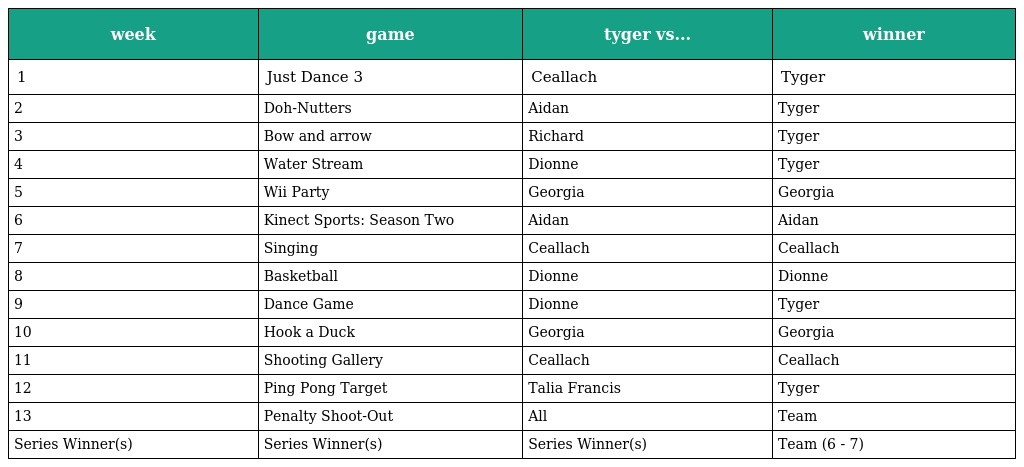
| week | game | tyger vs... | winner |
 | --- | --- | --- | --- |
 | 1 | Just Dance 3 | Ceallach | Tyger |
 | 2 | Doh-Nutters | Aidan | Tyger |
 | 3 | Bow and arrow | Richard | Tyger |
 | 4 | Water Stream | Dionne | Tyger |
 | 5 | Wii Party | Georgia | Georgia |
 | 6 | Kinect Sports: Season Two | Aidan | Aidan |
 | 7 | Singing | Ceallach | Ceallach |
 | 8 | Basketball | Dionne | Dionne |
 | 9 | Dance Game | Dionne | Tyger |
 | 10 | Hook a Duck | Georgia | Georgia |
 | 11 | Shooting Gallery | Ceallach | Ceallach |
 | 12 | Ping Pong Target | Talia Francis | Tyger |
 | 13 | Penalty Shoot-Out | All | Team |
 | Series Winner(s) | Series Winner(s) | Series Winner(s) | Team (6 - 7) |